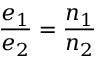
{ \frac { e _ { 1 } } { e _ { 2 } } } = { \frac { n _ { 1 } } { n _ { 2 } } }